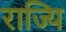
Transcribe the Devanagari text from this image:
राज्यि